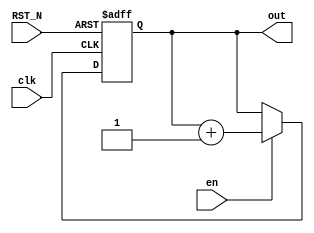
module up_counter_en(
	clk,
	RST_N,
	en,
	out
);
	parameter SIZE=5;
	input wire 	clk, RST_N, en;
	output wire [SIZE-1:0] out;
	wire [SIZE-1:0] counter_up_wire;
    reg [SIZE-1:0] counter_up;
    assign counter_up_wire = counter_up + 1'd1;

// up counter
always@ (posedge clk or negedge RST_N)begin
	if(RST_N == 1'b0)
		counter_up <= {{SIZE}{1'b0}};
	else if(en == 1'b1)
		counter_up <= counter_up_wire;
end

assign out = counter_up;

endmodule